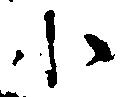
小